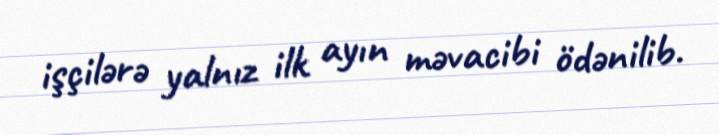
işçilərə yalnız ilk ayın məvacibi ödənilib.